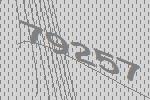
79257